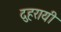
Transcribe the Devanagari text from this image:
दुहरायी